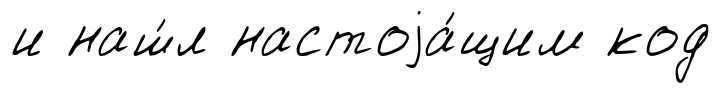
и наш́л настоjа́щим код